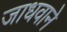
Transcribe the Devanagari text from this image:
जाधवाने